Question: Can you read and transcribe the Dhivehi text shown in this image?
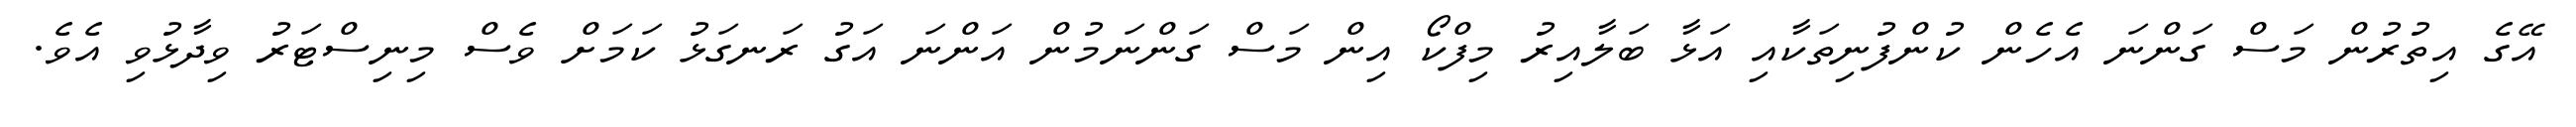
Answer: އޭގެ އިތުރުން މަސް ގަންނަ އެހެން ކުންފުނިތަކާއި އަޅާ ބަލާއިރު މިފްކޯ އިން މަސް ގަންނަމުން އަންނަ އަގު ރަނގަޅު ކަމަށް ވެސް މިނިސްޓަރު ވިދާޅުވި އެވެ.